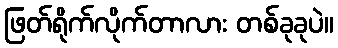
ဖြတ်ရိုက်လိုက်တာလား တစ်ခုခုပဲ။